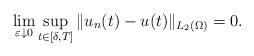
LaTeX: \begin{align*} \lim_{\varepsilon \downarrow 0} \sup_{t\in [\delta ,T]} \| u_n(t) - u(t)\|_{L_2 (\Omega )} = 0 .\end{align*}